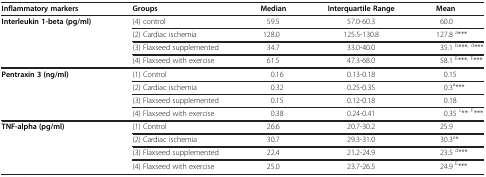
<table><thead><tr><td><b>Inflammatory markers</b></td><td><b>Groups</b></td><td><b>Median</b></td><td><b>Interquartile Range</b></td><td><b>Mean</b></td></tr></thead><tbody><tr><td rowspan="4"><b>Interleukin 1-beta (pg/ml)</b></td><td>(4) control</td><td>59.5</td><td>57.0-60.3</td><td>60.0</td></tr><tr><td>(2) Cardiac ischemia</td><td>128.0</td><td>125.5-130.8</td><td>127.8 <sup>a</sup>***</td></tr><tr><td>(3) Flaxseed supplemented</td><td>34.7</td><td>33.0-40.0</td><td>35.1 <sup>b</sup>***<sup>, d</sup>***</td></tr><tr><td>(4) Flaxseed with exercise</td><td>61.5</td><td>47.3-68.0</td><td>58.1 <sup>E</sup>***<sup>, F</sup>***</td></tr><tr><td rowspan="4"><b>Pentraxin 3 (ng/ml)</b></td><td>(1) Control</td><td>0.16</td><td>0.13-0.18</td><td>0.15</td></tr><tr><td>(2) Cardiac ischemia</td><td>0.32</td><td>0.25-0.35</td><td>0.3<sup>a</sup>***</td></tr><tr><td>(3) Flaxseed supplemented</td><td>0.15</td><td>0.12-0.18</td><td>0.18</td></tr><tr><td>(4) Flaxseed with exercise</td><td>0.38</td><td>0.24-0.41</td><td>0.35 <sup>c</sup>**<sup>, F</sup>***</td></tr><tr><td rowspan="4"><b>TNF-alpha (pg/ml)</b></td><td>(1) Control</td><td>26.6</td><td>20.7-30.2</td><td>25.9</td></tr><tr><td>(2) Cardiac ischemia</td><td>30.7</td><td>29.3-31.0</td><td>30.3<sup>a</sup>*</td></tr><tr><td>(3) Flaxseed supplemented</td><td>22.4</td><td>21.2-24.9</td><td>23.5 <sup>d</sup>***</td></tr><tr><td>(4) Flaxseed with exercise</td><td>25.0</td><td>23.7-26.5</td><td>24.9 <sup>E</sup>***</td></tr></tbody></table>